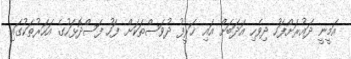
އަމީނީ ދައުރަށްފަހު ދިވެހި އަދަބަށް އައި ޚަރީފު ދުވަސްތަކަށް ފަހު ފަސްދޮޅަހުގެ އަހަރުތަކުގައި